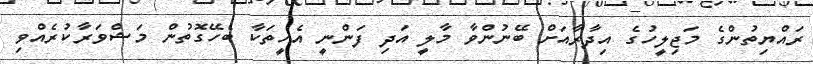
ރައްޔިތުންގެ މަޖިލީހުގެ އިދާރާއަށް ބޭނުންވާ މާލީ އަދި ފަންނީ އެހީތަކާ ބެހޭގޮތުން މަޝްވަރާކުރެއްވި